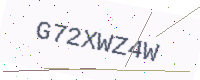
Text: G72XWZ4W